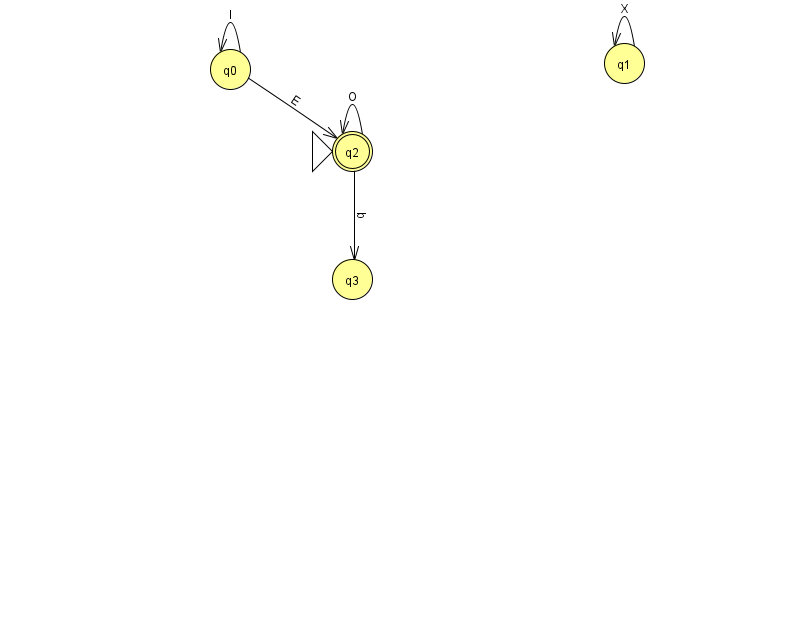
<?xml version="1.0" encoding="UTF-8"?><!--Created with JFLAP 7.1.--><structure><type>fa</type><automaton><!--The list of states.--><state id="0" name="q0"><x>230.0</x><y>56.0</y></state><state id="1" name="q1"><x>624.0</x><y>50.0</y></state><state id="2" name="q2"><x>352.0</x><y>138.0</y><initial/><final/></state><state id="3" name="q3"><x>352.0</x><y>266.0</y></state><!--The list of transitions.--><transition><from>1</from><to>1</to><read>X</read></transition><transition><from>0</from><to>0</to><read>l</read></transition><transition><from>2</from><to>3</to><read>b</read></transition><transition><from>0</from><to>2</to><read>E</read></transition><transition><from>2</from><to>2</to><read>O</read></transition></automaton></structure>